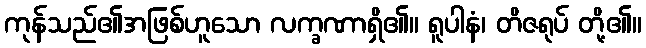
ကုန်သည်၏အဖြစ်ဟူသော လက္ခဏာရှိ၏။ ရူပါနံ၊ တိဇရုပ် တို့၏။